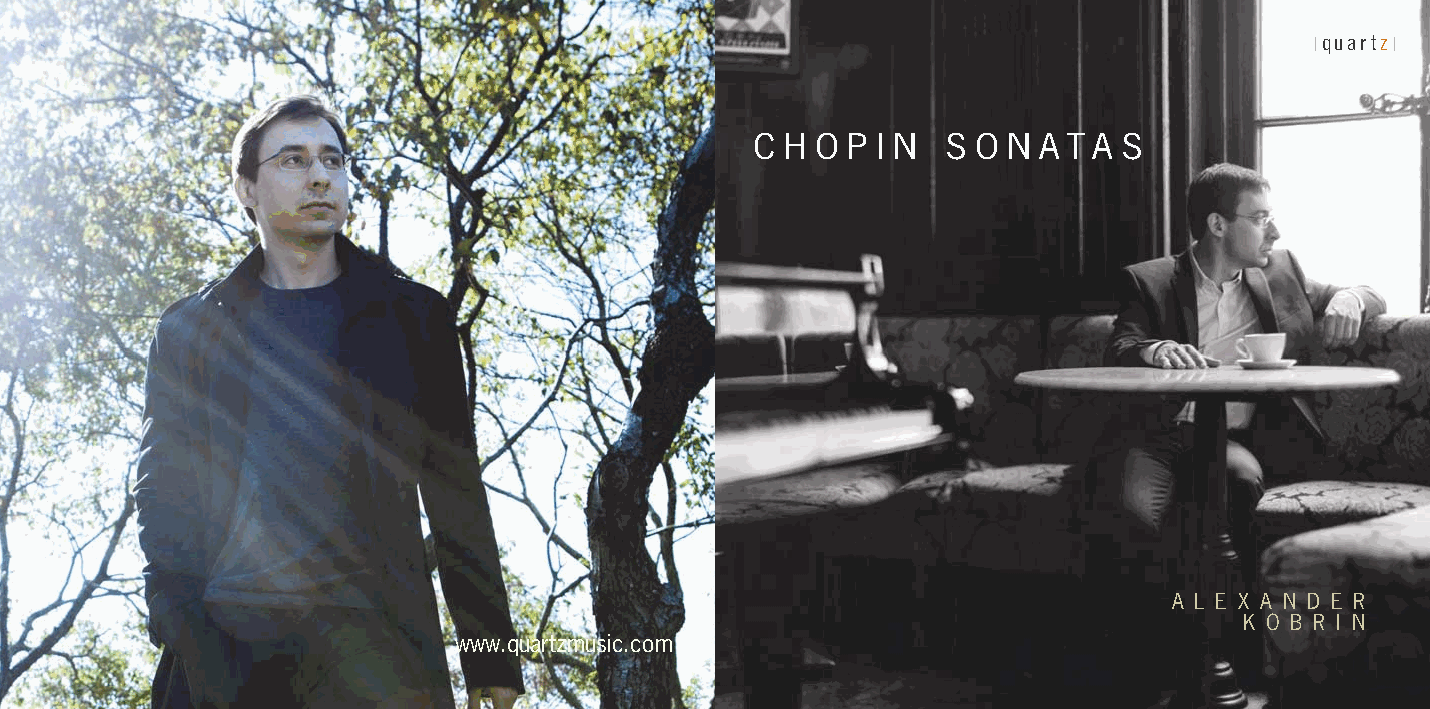
|quartz|
 C H O P I N  S O N A T A S
 A L E X A N D E R
 K O B R I N
 www.quartzmusic.com